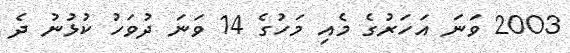
2003 ވަނަ އަހަރުގެ މެއި މަހުގެ 14 ވަނަ ދުވަހު ކުޅުނު ދެ